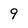
Character: 9